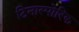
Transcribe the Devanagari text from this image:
टिनास्पोरिक